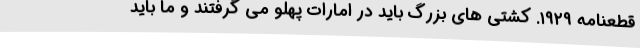
قطعنامه ۱۹۲۹. کشتی های بزرگ باید در امارات پهلو می گرفتند و ما باید